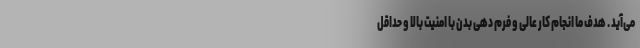
می‌آید . هدف ما انجام کار عالی و فرم دهی بدن با امنیت بالا و حداقل